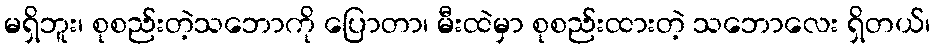
မရှိဘူး၊ စုစည်းတဲ့သဘောကို ပြောတာ၊ မီးထဲမှာ စုစည်းထားတဲ့ သဘောလေး ရှိတယ်၊